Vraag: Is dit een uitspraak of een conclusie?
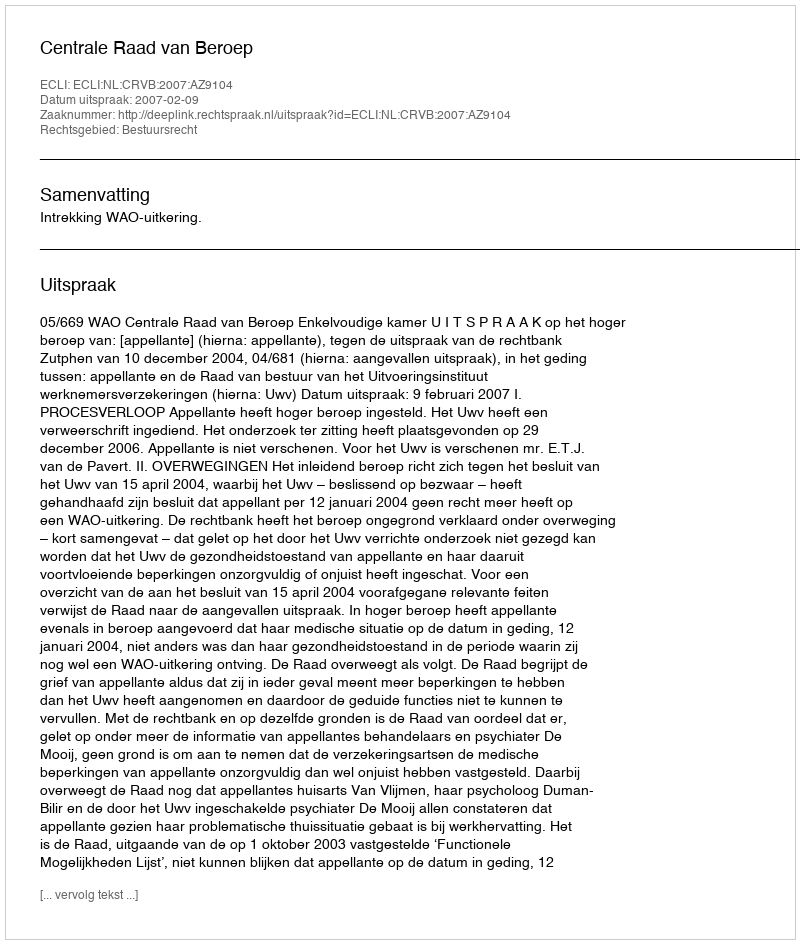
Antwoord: Uitspraak